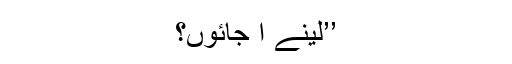
’’لینے آ جائوں؟